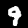
Label: 9